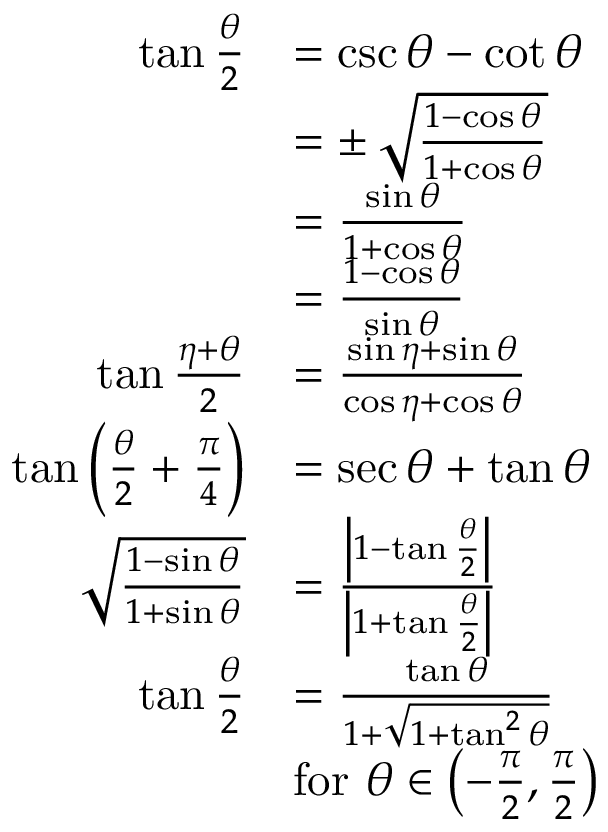
{ \begin{array} { r l } { \tan { \frac { \theta } { 2 } } } & { = \csc \theta - \cot \theta } \\ & { = \pm \, { \sqrt { \frac { 1 - \cos \theta } { 1 + \cos \theta } } } } \\ & { = { \frac { \sin \theta } { 1 + \cos \theta } } } \\ & { = { \frac { 1 - \cos \theta } { \sin \theta } } } \\ { \tan { \frac { \eta + \theta } { 2 } } } & { = { \frac { \sin \eta + \sin \theta } { \cos \eta + \cos \theta } } } \\ { \tan \left( { \frac { \theta } { 2 } } + { \frac { \pi } { 4 } } \right) } & { = \sec \theta + \tan \theta } \\ { { \sqrt { \frac { 1 - \sin \theta } { 1 + \sin \theta } } } } & { = { \frac { \left| 1 - \tan { \frac { \theta } { 2 } } \right| } { \left| 1 + \tan { \frac { \theta } { 2 } } \right| } } } \\ { \tan { \frac { \theta } { 2 } } } & { = { \frac { \tan \theta } { 1 + { \sqrt { 1 + \tan ^ { 2 } \theta } } } } } \\ & { { \mathrm { f o r ~ } } \theta \in \left( - { \frac { \pi } { 2 } } , { \frac { \pi } { 2 } } \right) } \end{array} }